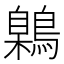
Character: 鷍